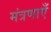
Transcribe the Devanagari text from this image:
मंत्रणाएँ